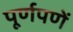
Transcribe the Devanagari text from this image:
पूर्णपणें